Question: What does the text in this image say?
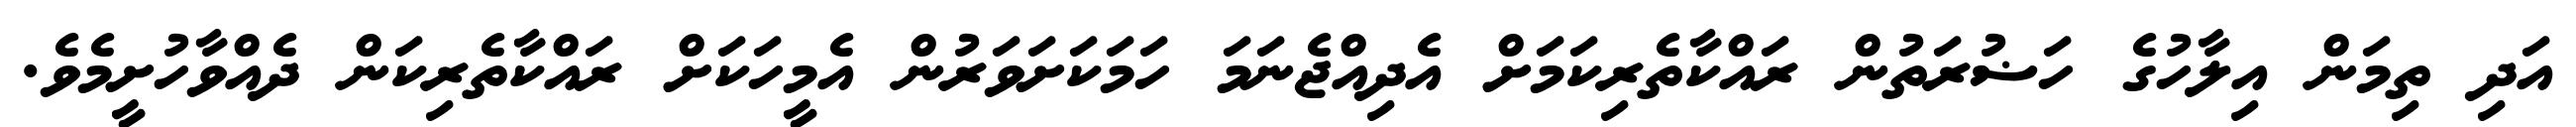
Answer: އަދި ތިމަން އިލާހުގެ ހަޟުރަތުން ރައްކާތެރިކަމަށް އެދިއްޖެނަމަ ހަމަކަށަވަރުން އެމީހަކަށް ރައްކާތެރިކަން ދެއްވާހުށީމެވެ.